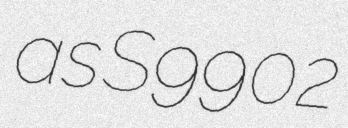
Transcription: as S9902